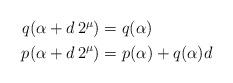
LaTeX: \begin{align*}\begin{aligned}q(\alpha+d\,2^\mu)&=q(\alpha)\\p(\alpha+d\,2^\mu)&=p(\alpha)+q(\alpha)d\end{aligned}\end{align*}